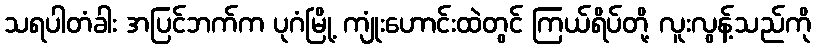
သရပါတံခါး အပြင်ဘက်က ပုဂံမြို့ ကျုံးဟောင်းထဲတွင် ကြယ်ရိပ်တို့ လူးလွန့်သည်ကို